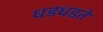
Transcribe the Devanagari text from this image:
धडधडते